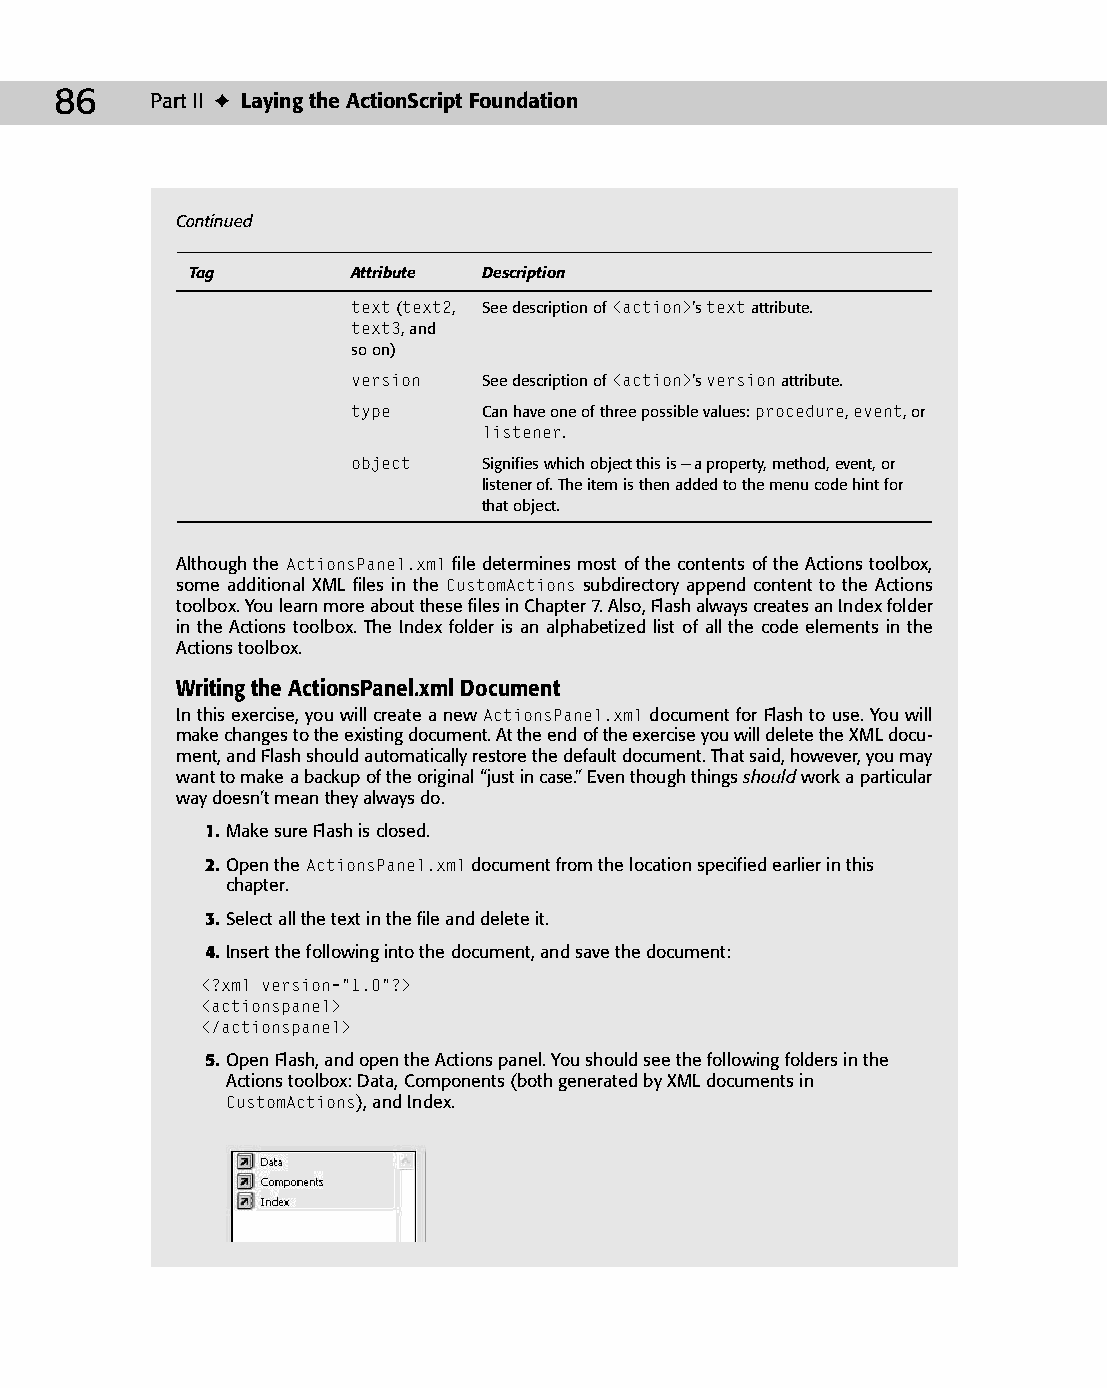
07 543547 ch04.qxd 3/24/04 3:50 PM Page 86
 86    Part II ✦ Laying the ActionScript Foundation
 Continued
 Tag        Attribute Description
 text (text2, See description of <action>’s text attribute.
 text3, and
 so on)
 version  See description of <action>’s version attribute.
 type     Can have one of three possible values: procedure, event, or
 listener.
 object   Signifies which object this is — a property, method, event, or
 listener of. The item is then added to the menu code hint for
 that object.
 Although the ActionsPanel.xml file determines most of the contents of the Actions toolbox,
 some additional XML files in the CustomActions subdirectory append content to the Actions
 toolbox. You learn more about these files in Chapter 7. Also, Flash always creates an Index folder
 in the Actions toolbox. The Index folder is an alphabetized list of all the code elements in the
 Actions toolbox.
 Writing the ActionsPanel.xml Document
 In this exercise, you will create a new ActionsPanel.xml document for Flash to use. You will
 make changes to the existing document. At the end of the exercise you will delete the XML docu­
 ment, and Flash should automatically restore the default document. That said, however, you may
 want to make a backup of the original “just in case.” Even though things should work a particular
 way doesn’t mean they always do.
 1. Make sure Flash is closed.
 2. Open the ActionsPanel.xml document from the location specified earlier in this
 chapter.
 3. Select all the text in the file and delete it.
 4. Insert the following into the document, and save the document:
 <?xml version=”1.0”?>
 <actionspanel>
 </actionspanel>
 5. Open Flash, and open the Actions panel. You should see the following folders in the
 Actions toolbox: Data, Components (both generated by XML documents in
 CustomActions), and Index.